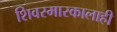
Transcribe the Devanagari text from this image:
शिवस्मारकालाही